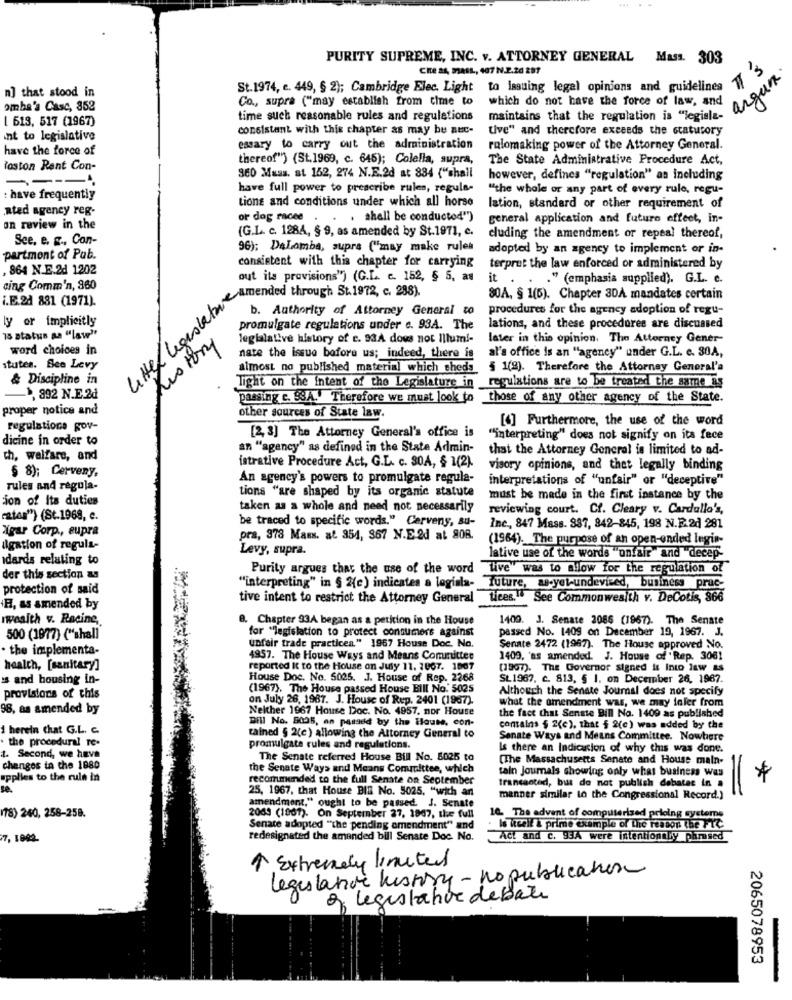
PURITY SUPREME, INC. v. ATTORNEY GENERAL Mass. 303
Che a4, 93411, 407 N.2.20 291
IT'S
argan
St.1974, e. 449, § 2); Cambridge Elec. Light to issuing legal opinions and guidelines
n] that stood in
Co ., supra ("may establish from time to
which do not have the force of law, and
omba's Casc, 852
1 613, 517 (1967)
time such reasonable rules and regulations
maintains that the regulation is "legisla-
consistent with this chapter as may be auc-
Live" and therefore exceeds the statutory
nt to legislative
have the force of
essary to carry out the administration
ralomaking power of the Attorney General.
thereof") (St.1969, c. 645); Colella, supra,
The State Administrative Procedure Act,
loston Rant Con-
360 Muss. at 162, 274 N.E.2d at 834 ("chall
however, defines "regulation" as including
have full power to prescribe rules, regula-
"the whole or any part of every rule, regu-
: have frequently
tions and conditions under which all horse
ated agency reg-
lation, standard or other requirement of
or dog racee .
. shall be conducted")
general application and futuro effeet, in-
on review in the
(G.L. c. 1284, § 9, as amended by St.1971, c.
See. e. g ., Con-
cluding the amendment or repeal thereof,
96); DeLomba, supra ("may make rules
adopted by an agency to implement or in-
partmont of Pub.
consistent with this chapter for carrying
. 864 N.E.2d 1202
terprut the law enforced or administered by
out its provisions") (G.L. c. 152, § 5, as
it .
." (emphasis supplied). G.L. e.
cing Comm'n, 360
i.E.24 881 (1971).
80A, § 1(6). Chapter 3DA mandates certain
Litter legislation ended through 84 1972, c. G
b. Authority of Attorney General to
procedures for the agency adoption of regu-
ly or implicitly
promulgate regulations under e. 93A. The
lations, and these procedures are discussed
15 status as "law"
Restory
legialative history of e. 93A dous not Illum !-
later in this opinion. The Attorney Gener-
word choices in
al's office is an ""agency" under G.L. c. 30A,
nate the issue bofore us; indeed, there is
stuten. See Levy
almost no published material which sheds
§ 1(9). Therefore the Attorney General'a
& Discipline in
Tight on the intent of the Legislature in regulations are to be treated the same as
1, 892 N.E.2d
passing c. SSA. Therefore we must look to those of any other agency of the State.
proper notice and
other sources of State law.
[4] Furthermore, the use of the word
regulations gov-
dicine in order to
[2,3] The Attorney General's office is
""interpreting" does not signify on its fece
an "agency" as defined in the State Admin-
that the Attorney General is limited to ad-
ch, welfare, and
istrative Procedure Act, G.L. c. 30A, $ 1(2).
visory opinions, and thet legally binding
§ 8); Cerveny,
An agency's powers to promulgate regula-
interpretations of "unfair" or "deceptive"
rules and regula-
ion of Its duties
tions "are shaped by its organic statute
must be made in the first instance by the
taken as a whole and need not necessarily
reviewing court. Cf. Cleary v. Cardullo's,
"ates") (St.1968, e.
be traced to specific words." Carvens, su-
žígar Corp ., supra
Inc ., 847 Mass. 387, 842-845, 198 N.F.2d 281
pra, 378 Mass. at 354, 367 N.E.2d at 808.
(1964). The purpose of an open-ended legis-
Agation of regula-
Levy, supra.
idards relating to
lative use of the words "onfait" and "decep-
Purity argues that the use of the word live" was to allow for the regulation of
der this section as
protection of said
"interpreting" in § 2(e) indicates a loginla- future, as-yet-undevised, business prac-
tive intent to restrict the Attorney General
Lices. . See Commonwesith v. DeCotis, 866
HI, as amended by
wwealth v. Racine,
8. Chapter 93A began as a peticion in the House
1409. J. Senate 3086 (1967). The Senate
for "legislation to protect consumers against
passed No. 1409 on December 19, 1967. J.
500 (1977) ("shall
· the implementa-
unfair trade practices" 1967 House Doc. No.
Senate 2472 (1987). The House approved No.
4957. The House Ways and Means Comunittee
1409, 'as amended. J. House of 'Rep. 3081
health, [sanitary]
reported it to the House on July 11, 2007. 1867
(1997). The Governor signed it Into law as
's and housing in-
House Doc. No. 5025. J. House of Rep. 2268
SL 1967, c. 813, § 1. on December 26, 1967.
(1967). The House passed House Blll No. 5025
Although the Senate Journal does not specify
provisions of this
on July 26, 1987. J. House of Rep. 2401 (1967).
what the amendment was, we may faler from
98, as amended by
Neither 1967 House Doc. No. 4957. nor House
the fact that Senate Bill No. 1409 as published
Bill No. 8005, an passed by the ilause, con-
1 herein that G.L. C.
contains $ 2(c), that $ 2(c) was added by the
. the procedural re-
tained § 2(e) allowing the Attorney General to
Senate Ways and Means Committee. Nowhere
promulgate rules and regulations.
Is there an Indication of why this was done.
1. Second, we have
The Senate referred House Bill No. 5025 to
[The Massachusetts Senate and House main-
changes in the 1880
the Senate Ways and Means Committee, which
tain Journals showing only what business was
=
upplies to the rule in
recommended to the full Senate on September
transacted, but do not publish debates in .
*
25, 1967, that House BIS No. 5025, "with an
amendment." ought to be passed. J. Senate
manner similar to the Congressional Record.)
78) 240, 258-258.
2083 (1961). On September 27, 1867, the full
10. The advent of computerised pricing systems
Senate adopted "the pending amendment" and
:Is itself & prime example of the reason the FIX
7, 1002.
redesignated the amended bill Senate Doc. No.
Act and c. 93A were intentionally phrased
1 Extremely limited
legislative history - no publication
2. Legistahve debate
2065078953